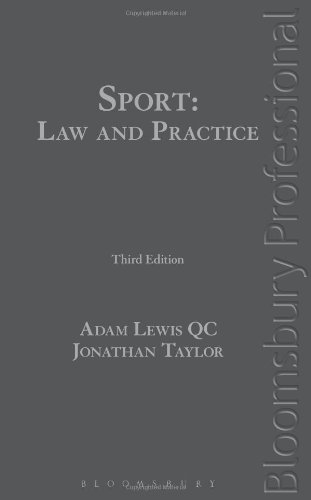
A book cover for Sport: Law and Practice: Third Edition; Adam Lewis QC; Law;